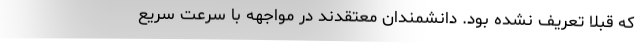
که قبلاً تعریف نشده بود. دانشمندان معتقدند در مواجهه با سرعت سریع